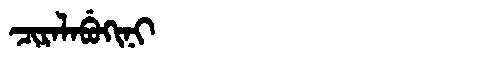
Manchu: ᠴᡳᡵᠠᠯᠠᠪᡠᡴᡳᠨᡳ
Romanization: CIRALABUKINI